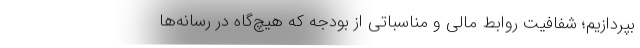
بپردازیم؛ شفافیت روابط مالی و مناسباتی از بودجه که هیچ‌گاه در رسانه‌ها